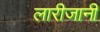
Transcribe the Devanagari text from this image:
लारीजानी